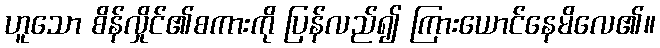
ဟူသော စိန်လှိုင်၏စကားကို ပြန်လည်၍ ကြားယောင်နေမိလေ၏။